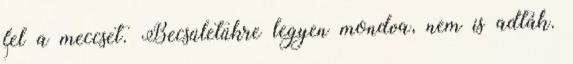
fel a meccset. Becsületükre legyen mondva, nem is adták.